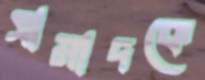
সামাদকে